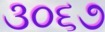
૩૦૬૭